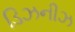
ડિઝનીઝ